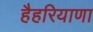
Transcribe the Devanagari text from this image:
हैहरियाणा